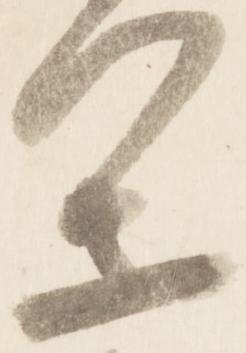
閑